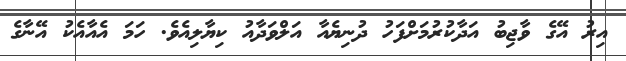
އިރު އޭގެ ވާޖިބު އަދާކުރުމަށްފަހު ދުނިޔެއާ އަލްވަދާއު ކިޔާލިއެވެ. ހަމަ އެއާއެކު އޭނާގެ